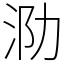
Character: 泐